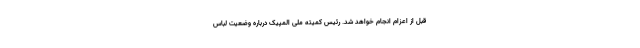
قبل از اعزام انجام خواهد شد. رئیس کمیته ملی المپیک درباره وضعیت لباس